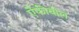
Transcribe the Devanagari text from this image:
ऐंफीबोल